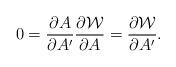
LaTeX: \begin{align*}0= {\partial A \over \partial A'} {\partial {\cal W} \over \partial A} = {\partial {\cal W} \over \partial A'} .\end{align*}